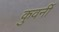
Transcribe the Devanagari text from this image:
कुवर्नी